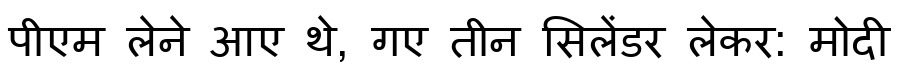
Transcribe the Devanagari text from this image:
पीएम लेने आए थे, गए तीन सिलेंडर लेकर: मोदी